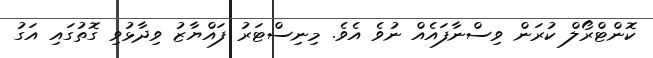
ކޮންޓްރޯލް ކުރަން ވިސްނާފައެއް ނުވެ އެވެ. މިނިސްޓަރު ފައްޔާޒު ވިދާޅުވި ގޮތުގައި އަގު